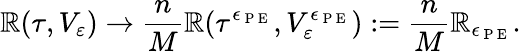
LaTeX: \mathbb{R}(\tau,V_{\varepsilon})\rightarrow\frac{{n}}{{M}}\mathbb{R}(\tau^{\epsilon_{\mathrm{{~P~E~}}}},V_{\varepsilon}^{\epsilon_{\mathrm{{~P~E~}}}}):=\frac{{n}}{{M}}\mathbb{R}_{\epsilon_{\mathrm{{~P~E~}}}}.